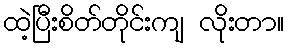
ထဲ့ပြီးစိတ်တိုင်းကျ လိုးတာ။